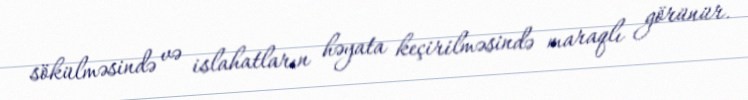
sökülməsində və islahatların həyata keçirilməsində maraqlı görünür.